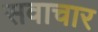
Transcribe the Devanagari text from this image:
सवाचार